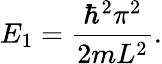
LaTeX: E_{1}={\frac{\hbar^{2}\pi^{2}}{2mL^{2}}}.